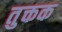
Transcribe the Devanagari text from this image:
तुक्तक